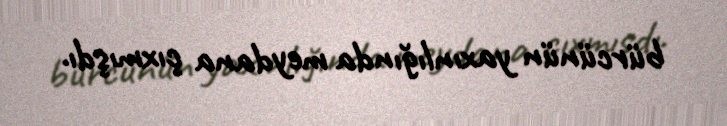
bürcünün yaxınlığında meydana çıxmışdı.